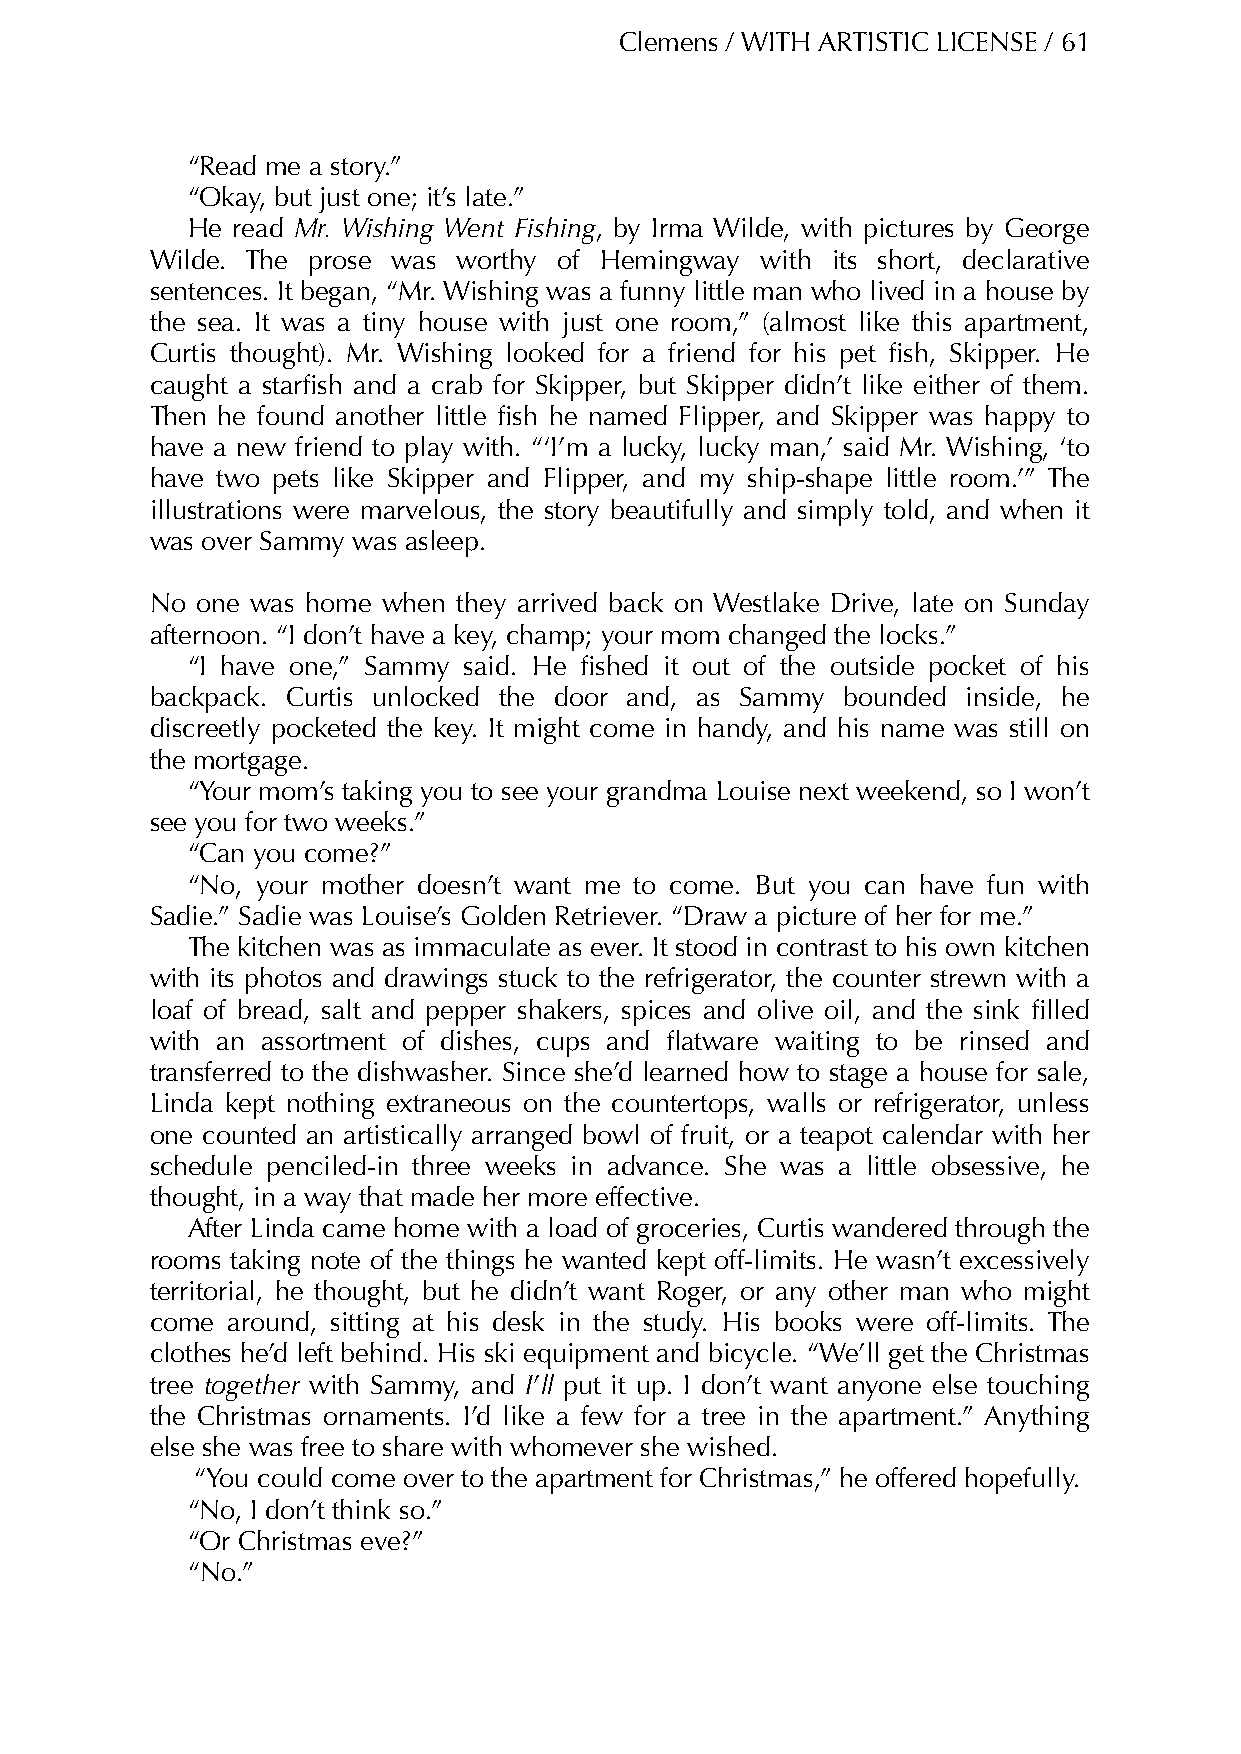
Clemens / WITH ARTISTIC LICENSE / 61
 “Read me a story.”
 “Okay, but just one; it’s late.”
 He read Mr. Wishing Went Fishing, by Irma Wilde, with pictures by George
 Wilde. The prose was worthy of Hemingway with its short, declarative
 sentences. It began, “Mr. Wishing was a funny little man who lived in a house by
 the sea. It was a tiny house with just one room,” (almost like this apartment,
 Curtis thought). Mr. Wishing looked for a friend for his pet fish, Skipper. He
 caught a starfish and a crab for Skipper, but Skipper didn’t like either of them.
 Then he found another little fish he named Flipper, and Skipper was happy to
 have a new friend to play with. “‘I’m a lucky, lucky man,’ said Mr. Wishing, ‘to
 have two pets like Skipper and Flipper, and my ship-shape little room.’” The
 illustrations were marvelous, the story beautifully and simply told, and when it
 was over Sammy was asleep.
 No one was home when they arrived back on Westlake Drive, late on Sunday
 afternoon. “I don’t have a key, champ; your mom changed the locks.”
 “I have one,” Sammy said. He fished it out of the outside pocket of his
 backpack. Curtis unlocked the door and, as Sammy bounded inside, he
 discreetly pocketed the key. It might come in handy, and his name was still on
 the mortgage.
 “Your mom’s taking you to see your grandma Louise next weekend, so I won’t
 see you for two weeks.”
 “Can you come?”
 “No, your mother doesn’t want me to come. But you can have fun with
 Sadie.” Sadie was Louise’s Golden Retriever. “Draw a picture of her for me.”
 The kitchen was as immaculate as ever. It stood in contrast to his own kitchen
 with its photos and drawings stuck to the refrigerator, the counter strewn with a
 loaf of bread, salt and pepper shakers, spices and olive oil, and the sink filled
 with an assortment of dishes, cups and flatware waiting to be rinsed and
 transferred to the dishwasher. Since she’d learned how to stage a house for sale,
 Linda kept nothing extraneous on the countertops, walls or refrigerator, unless
 one counted an artistically arranged bowl of fruit, or a teapot calendar with her
 schedule penciled-in three weeks in advance. She was a little obsessive, he
 thought, in a way that made her more effective.
 After Linda came home with a load of groceries, Curtis wandered through the
 rooms taking note of the things he wanted kept off-limits. He wasn’t excessively
 territorial, he thought, but he didn’t want Roger, or any other man who might
 come around, sitting at his desk in the study. His books were off-limits. The
 clothes he’d left behind. His ski equipment and bicycle. “We’ll get the Christmas
 tree together with Sammy, and I’ll put it up. I don’t want anyone else touching
 the Christmas ornaments. I’d like a few for a tree in the apartment.” Anything
 else she was free to share with whomever she wished.
 “You could come over to the apartment for Christmas,” he offered hopefully.
 “No, I don’t think so.”
 “Or Christmas eve?”
 “No.”